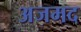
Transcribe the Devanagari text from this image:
अजमद